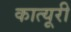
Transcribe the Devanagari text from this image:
कात्यूरी